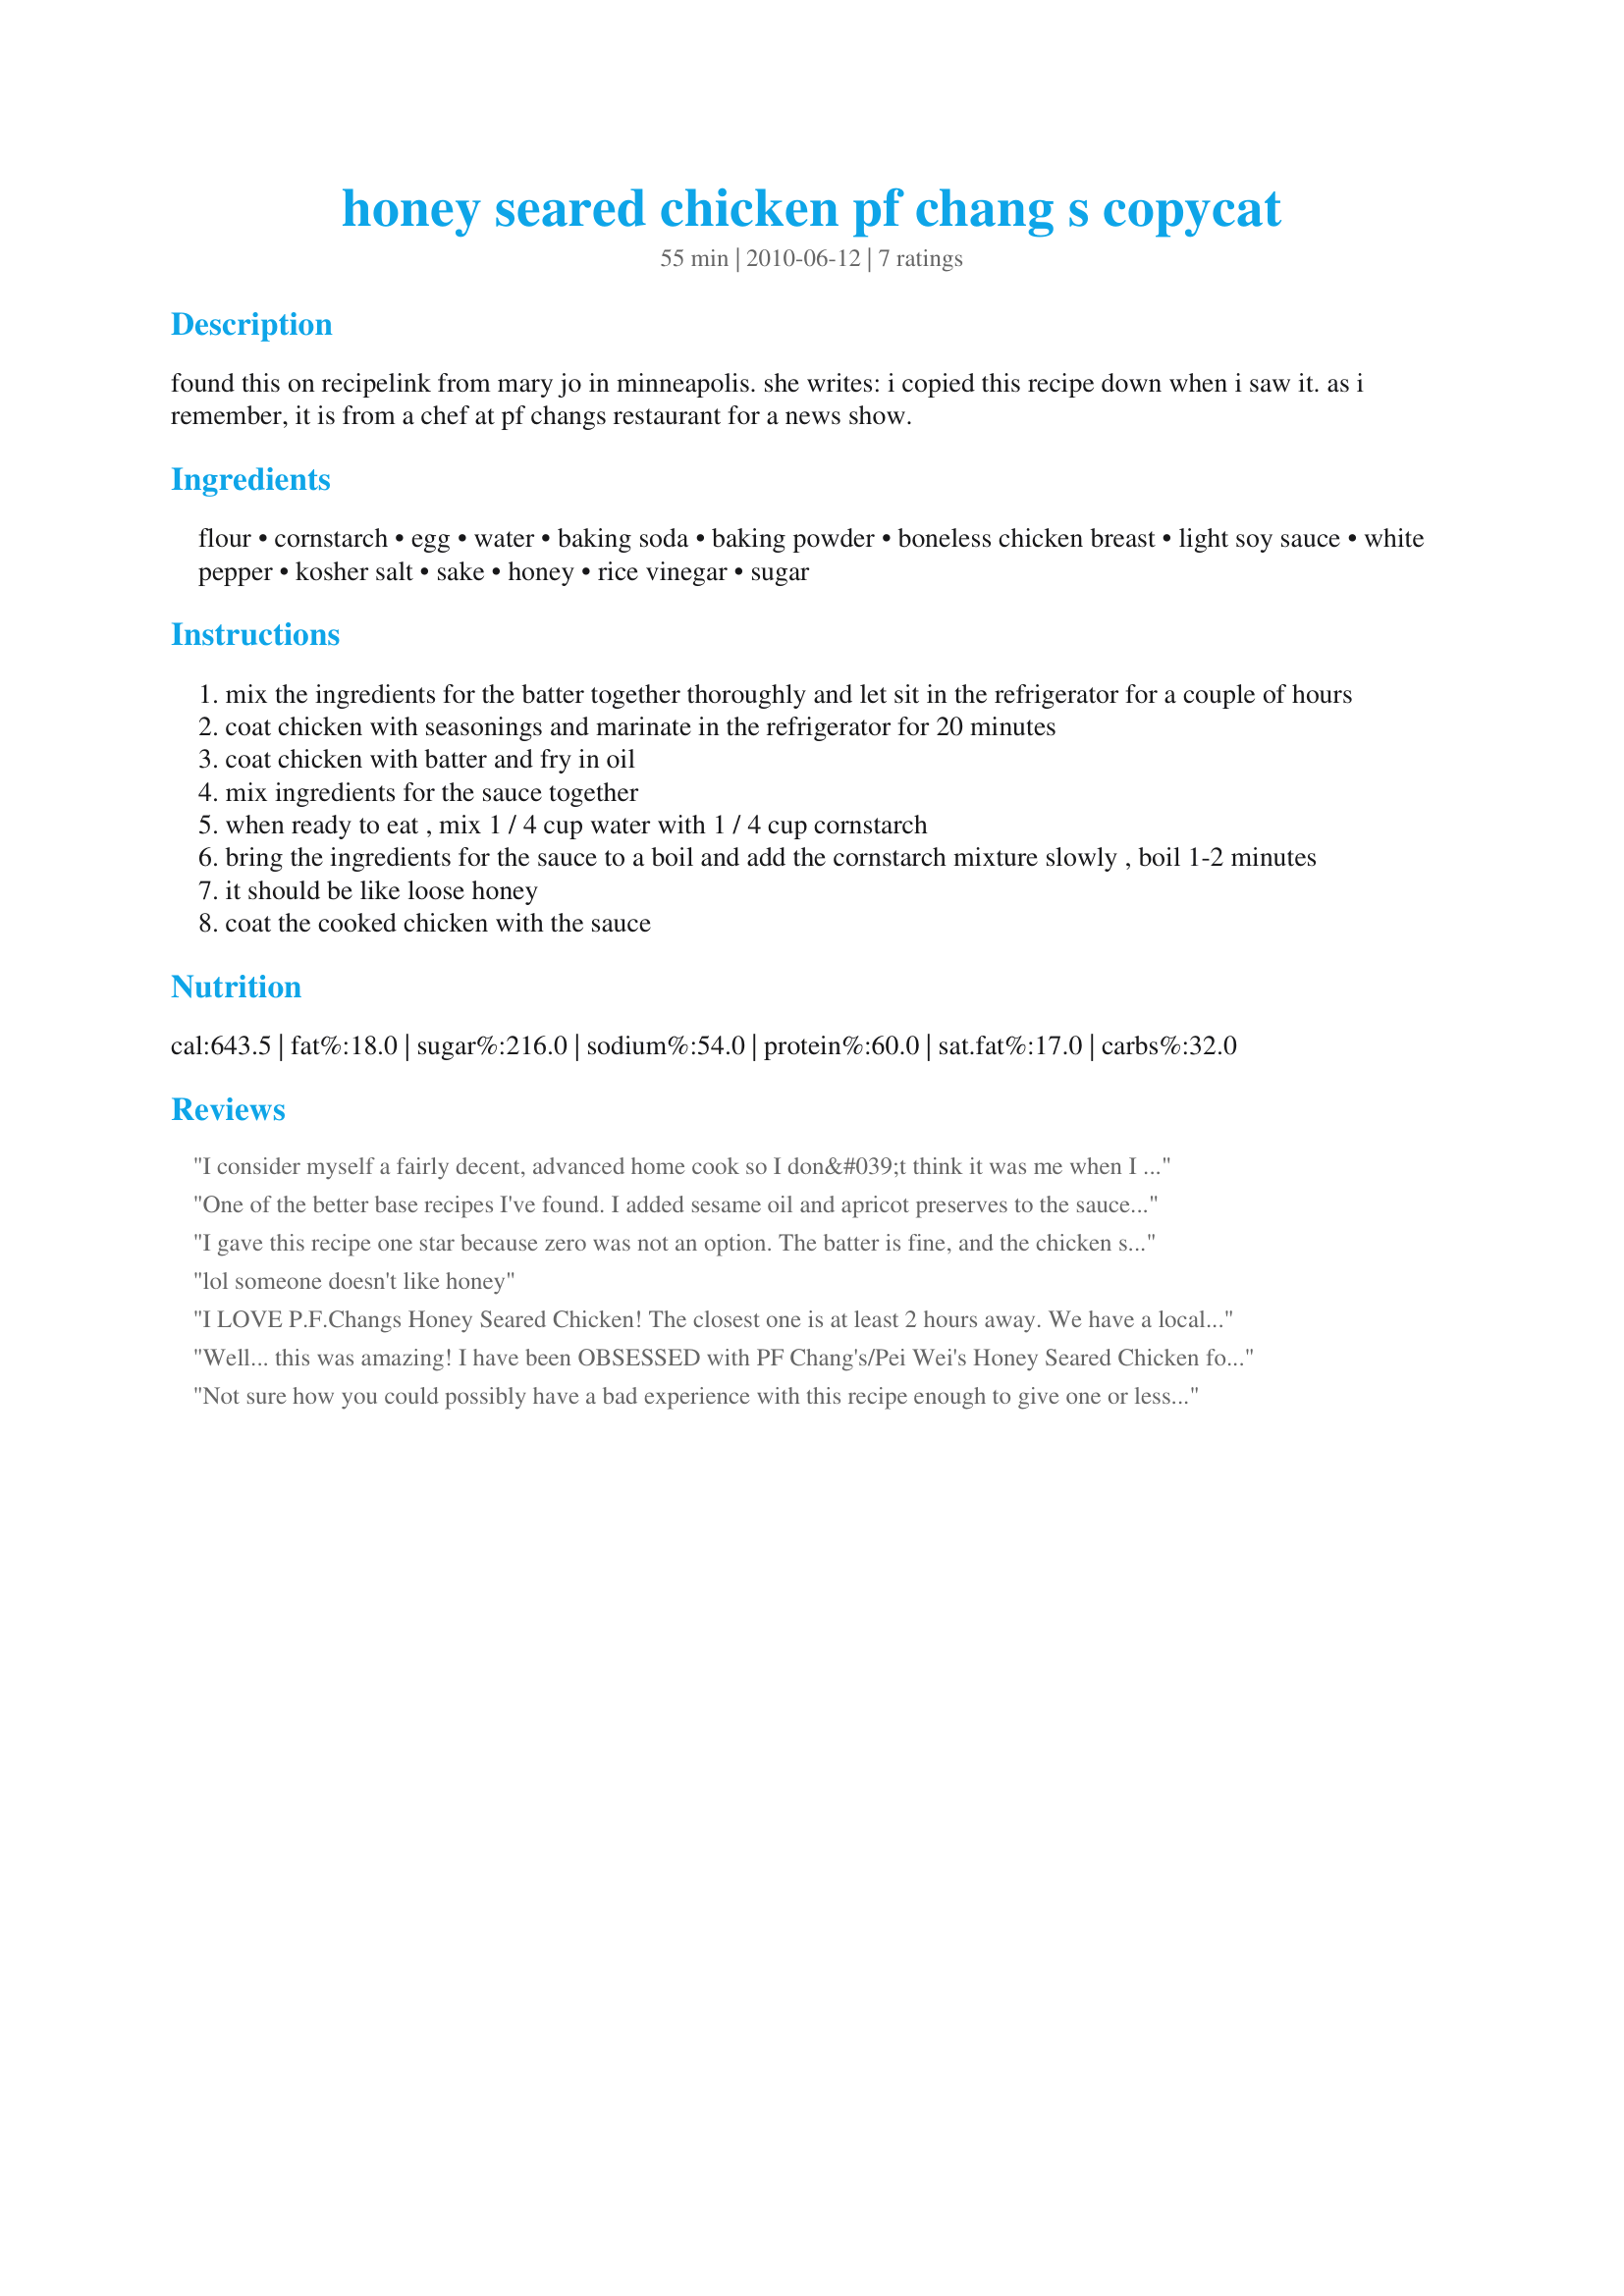
honey seared chicken pf chang s copycat
Preparation time: 55 minutes

found this on recipelink from mary jo in minneapolis. she writes: i copied this recipe down when i saw it. as i remember, it is from a chef at pf changs restaurant for a news show.

Ingredients:
flour, cornstarch, egg, water, baking soda, baking powder, boneless chicken breast, light soy sauce, white pepper, kosher salt, sake, honey, rice vinegar, sugar

Steps:
mix the ingredients for the batter together thoroughly and let sit in the refrigerator for a couple of hours
coat chicken with seasonings and marinate in the refrigerator for 20 minutes
coat chicken with batter and fry in oil
mix ingredients for the sauce together
when ready to eat , mix 1 / 4 cup water with 1 / 4 cup cornstarch
bring the ingredients for the sauce to a boil and add the cornstarch mixture slowly , boil 1-2 minutes
it should be like loose honey
coat the cooked chicken with the sauce

Reviews:
I consider myself a fairly decent, advanced home cook so I don&#039;t think it was me when I say this recipe was awful. The chicken flavor was good; batter was OK (but to be honest very messy and a bit doughy- there are better batter recipes out there); BUT the sauce was NOT good. In fact, I could not get it to thicken at all. The honey clumped up and the whole thing was gross. A great disappointment and a mess to clean. Skip this one.
One of the better base recipes I've found. I added sesame oil and apricot preserves to the sauce and boiled it until it thickened. Added the tempura chicken back into the saucepan and tossed to glaze the chicken. A keeper!
I gave this recipe one star because zero was not an option. The batter is fine, and the chicken seasoning was fine, but the sauce was absolutely one of the most disgusting things I've ever put into my mouth. Half a cup of honey? Seriously? I should have known better, but wanted to follow the recipe. I ended up throwing all the chicken away. Absolutely a total failure.
lol someone doesn't like honey
I LOVE P.F.Changs Honey Seared Chicken! The closest one is at least 2 hours away. We have a local restaurant who serves something similar. I CRAVE this, but my hubby isn&#039;t one to want to spend $30+ on a meal very often and thinks it tastes like it&#039;s frozen from restaurants. &lt;br/&gt;&lt;br/&gt;So, began my mission to find a recipe to make at home. I tried one other recipe and it was horrible. I almost gave up, but I want to eat it more than every 6 months or so. This recipe is better than any restaurants we&#039;ve tried. It is difficult to find Sake or RIce Wine around my area. We just became a partially wet county after 40+ year of being a dry county. You still have to drive quite a distance to get any hard liquor. We used a white wine and it was still better than the restaurant.
Well... this was amazing! I have been OBSESSED with PF Chang's/Pei Wei's Honey Seared Chicken for months, and this recipe comes pretty darn close to the real thing (if not better!). I don't remember how long I fried my chicken in the oil, but it was no more than just a few minutes on each side (shorter and shorter amounts of time per batch, as the oil got hotter and hotter). It was served with Target's microwaveable bag of teriyaki vegetables and brown rice. DUH. LISH. US. Getchur apron on and start fryin'!!! I'll definitely be making this again :-)
Not sure how you could possibly have a bad experience with this recipe enough to give one or less stars, but this is one of the few recipes on food.com I have been amazed with. I made this for my wife last week without measuring properly and it was okay, but not as good as this time. When you measure everything out and follow the recipe right, it's just like the real thing! My wife loved it so much she had me make extra for her to eat while I'm away at work.<br/><br/>One note - if you don't have Sake or Rice Wine, you can use a 3:1:1 mixture of Vodka, Tequila, and Water for a fairly similar taste. Also, the recipe doesn't say to do this, but if you watch at PeiWei, when they have the chicken fried, they put it in a wok with sauce and toss it around - that's how you get it to taste right. Don't put too much sauce (alternatively not too little either), but toss it around on the pan for 25-30 seconds at medium to medium-high heat and then pour on top of the rice with some chow mein or rice noodles and you're good to go!
